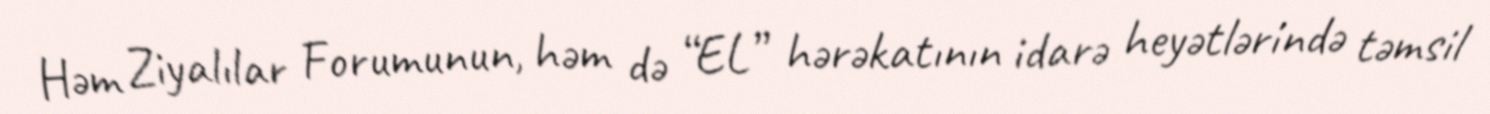
Həm Ziyalılar Forumunun, həm də “EL” hərəkatının idarə heyətlərində təmsil